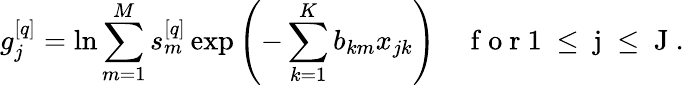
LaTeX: g_{j}^{[q]}=\ln\sum_{m=1}^{M}s_{m}^{[q]}\exp\left(-\sum_{k=1}^{K}b_{km}x_{jk}\right)\quad\mathrm{~f~o~r~1~\le~j~\le~J~.~}